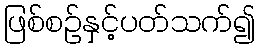
ဖြစ်စဉ်နှင့်ပတ်သက်၍